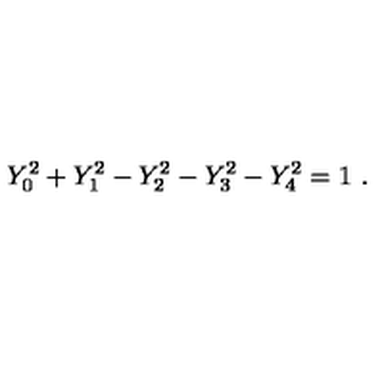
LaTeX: Y _ { 0 } ^ { 2 } + Y _ { 1 } ^ { 2 } - Y _ { 2 } ^ { 2 } - Y _ { 3 } ^ { 2 } - Y _ { 4 } ^ { 2 } = 1 \ .